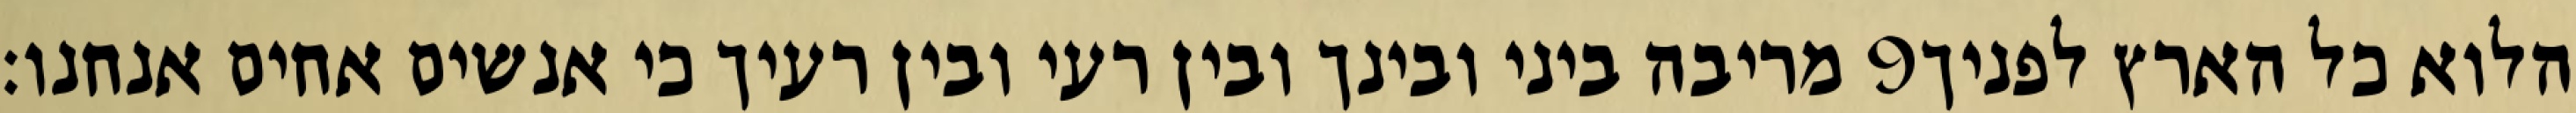
מריבה ביני ובינך ובין רעי ובין רעיך כי אנשים אחים אנחנו׃ ‎9‏ הלוא כל הארץ לפניך